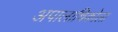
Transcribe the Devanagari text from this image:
अपालाचिकोला